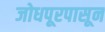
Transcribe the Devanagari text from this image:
जोधपूरपासून